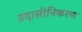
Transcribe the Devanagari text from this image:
उदासीनिकरण